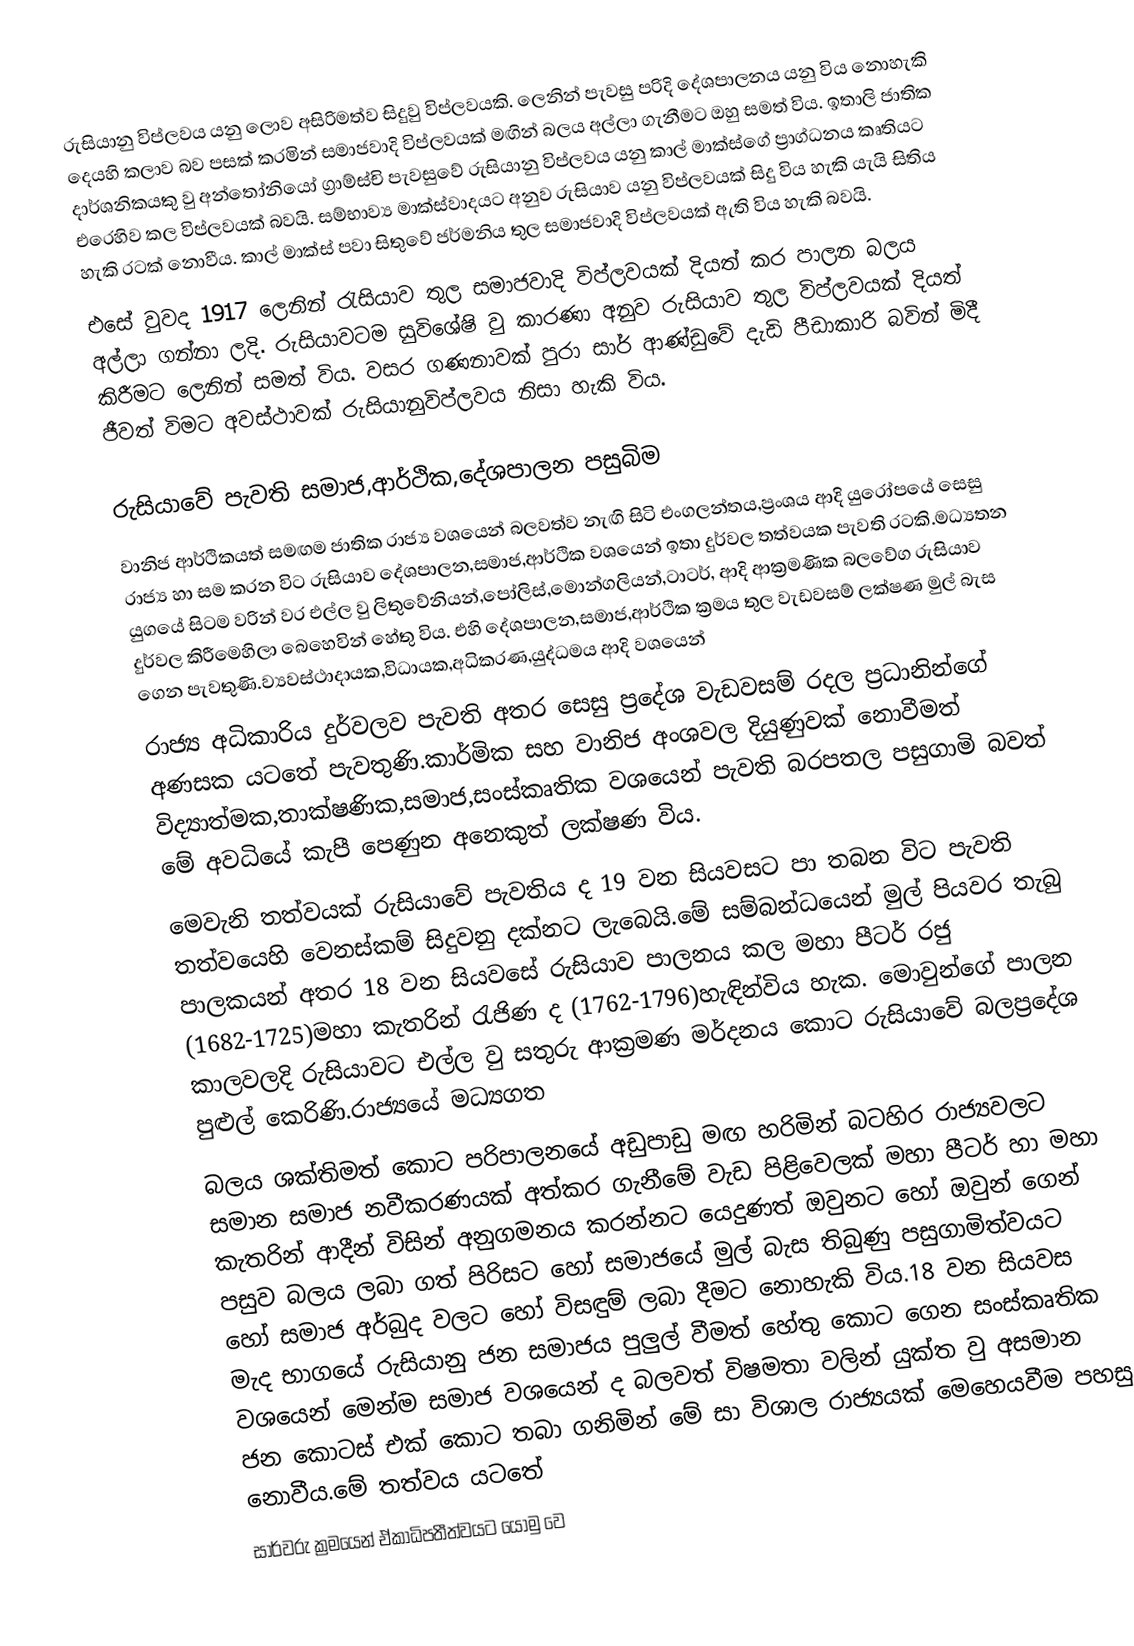
රුසියානු විප්ලවය යනු ලොව අසිරිමත්ව සිදුවු විප්ලවයකි. ලෙනින් පැවසු පරිදි දේශපාලනය යනු විය නොහැකි දෙයහි කලාව බව පසක් කරමින් සමාජවාදි විප්ලවයක් මඟින් බලය අල්ලා ගැනීමට ඔහු සමත් විය. ඉතාලි ජාතික දාර්ශනිකයකු වු අන්තෝනියෝ ග්‍රාම්ස්චි පැවසුවේ රුසියානු විප්ලවය යනු කාල් මාක්ස්ගේ ප්‍රාග්ධනය කෘතියට  එරෙහිව කල විප්ලවයක් බවයි. සම්භාව්‍ය මාක්ස්වාදයට අනුව රුසියාව යනු විප්ලවයක් සිදු විය  හැකි යැයි සිතිය හැකි රටක් නොවීය. කාල් මාක්ස් පවා සිතුවේ ජර්මනිය තුල සමාජවාදි විප්ලවයක්  ඇති විය හැකි බවයි.
එසේ වුවද 1917 ලෙනින් රැසියාව තුල සමාජවාදි විප්ලවයක් දියත් කර පාලන බලය අල්ලා ගන්නා ලදි. රුසියාවටම සුවිශේෂි වු කාරණා අනුව රුසියාව තුල විප්ලවයක් දියත් කිරීමට ලෙනින් සමත් විය. වසර ගණනාවක් පුරා සාර් ආණ්ඩුවේ දැඩි පීඩාකාරි බවින් මිදී ජීවත් විමට අවස්ථාවක් රුසියානුවිප්ලවය නිසා හැකි විය.

රුසියාවේ පැවති සමාජ,ආර්ථික,දේශපාලන පසුබිම
වානිජ ආර්ථිකයත් සමඟම ජාතික රාජ්‍ය වශයෙන් බලවත්ව නැඟි සිටි එංගලන්තය,ප්‍රංශය ආදි යුරෝපයේ සෙසු රාජ්‍ය හා සම කරන විට රුසියාව දේශපාලන,සමාජ,ආර්ථික වශයෙන් ඉතා දුර්වල තත්වයක පැවති රටකි.මධ්‍යතන යුගයේ සිටම වරින් වර එල්ල වු ලිතුවේනියන්,පෝලිස්,මොන්ගලියන්,ටාටර්, ආදි ආක්‍රමණික බලවේග රුසියාව දුර්වල කිරීමෙහිලා බෙහෙවින් හේතු විය. එහි දේශපාලන,සමාජ,ආර්ථික ක්‍රමය තුල වැඩවසම් ලක්ෂණ මුල් බැස ගෙන පැවතුණි.ව්‍යවස්ථාදායක,විධායක,අධිකරණ,යුද්ධමය ආදි වශයෙන්
රාජ්‍ය අධිකාරිය දුර්වලව පැවති අතර සෙසු ප්‍රදේශ වැඩවසම් රදල ප්‍රධානින්ගේ අණසක යටතේ පැවතුණි.කාර්මික සහ වානිජ අංශවල දියුණුවක් නොවීමත් විද්‍යාත්මක,තාක්ෂණික,සමාජ,සංස්කෘතික වශයෙන් පැවති බරපතල පසුගාමි බවත් මේ අවධියේ කැපී පෙණුන අනෙකුත් ලක්ෂණ විය.
මෙවැනි තත්වයක් රුසියාවේ පැවතිය ද 19 වන සියවසට පා තබන විට පැවති තත්වයෙහි වෙනස්කම් සිදුවනු දක්නට ලැබෙයි.මේ සම්බන්ධයෙන් මුල් පියවර තැබු පාලකයන් අතර 18 වන සියවසේ රුසියාව පාලනය කල මහා පීටර් රජු (1682-1725)මහා කැතරින් රැජිණ ද (1762-1796)හැඳින්විය හැක. මොවුන්ගේ පාලන කාලවලදි රුසියාවට එල්ල වු සතුරු ආක්‍රමණ මර්දනය කොට රුසියාවේ බලප්‍රදේශ පුළුල් කෙරිණි.රාජ්‍යයේ මධ්‍යගත
බලය ශක්තිමත් කොට පරිපාලනයේ අඩුපාඩු මඟ හරිමින් බටහිර රාජ්‍යවලට සමාන සමාජ නවීකරණයක් අත්කර ගැනීමේ වැඩ පිළිවෙලක් මහා පීටර් හා මහා කැතරින් ආදීන් විසින් අනුගමනය කරන්නට යෙදුණත් ඔවුනට හෝ ඔවුන් ගෙන් පසුව බලය ලබා ගත් පිරිසට හෝ සමාජයේ මුල් බැස තිබුණු පසුගාමිත්වයට හෝ සමාජ අර්බුද වලට හෝ විසඳුම් ලබා දීමට නොහැකි විය.18 වන සියවස මැද භාගයේ රුසියානු ජන සමාජය පුලුල් වීමත් හේතු කොට ගෙන සංස්කෘතික වශයෙන් මෙන්ම සමාජ වශයෙන් ද බලවත් විෂමතා වලින් යුක්ත වු අසමාන ජන කොටස් එක් කොට තබා ගනිමින් මේ සා විශාල රාජ්‍යයක් මෙහෙයවීම පහසු නොවීය.මේ තත්වය යටතේ
සාර්වරු ක්‍රමයෙන් ඒකාධිපතීත්වයට යොමු වෙ